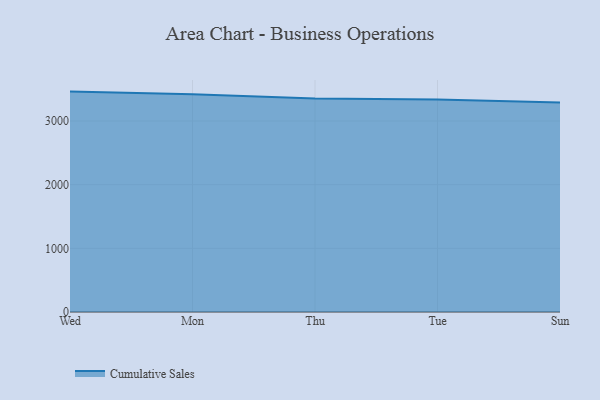
{"axis": {"x": "Day", "y": "Market Share (%)"}, "legend": ["Cumulative Sales"], "data": [{"x": "Wed", "y": 3461.9, "type": "Cumulative Sales"}, {"x": "Mon", "y": 3419.9, "type": "Cumulative Sales"}, {"x": "Thu", "y": 3352.5, "type": "Cumulative Sales"}, {"x": "Tue", "y": 3336.7, "type": "Cumulative Sales"}, {"x": "Sun", "y": 3291.9, "type": "Cumulative Sales"}]}